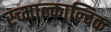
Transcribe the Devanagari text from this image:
स्च्माल्काल्दिक